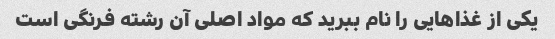
یکی از غذاهایی را نام ببرید که مواد اصلی آن رشته فرنگی است